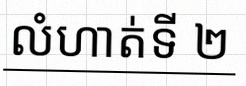
លំហាត់ទី ២